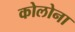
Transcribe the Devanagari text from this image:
कोलोना